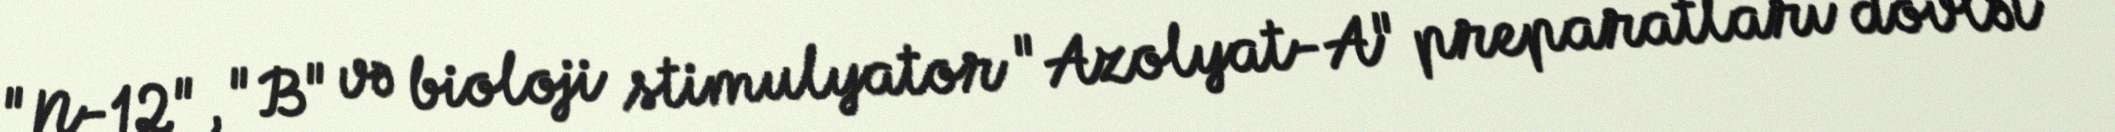
"N-12", "B" və bioloji stimulyator "Azolyat-A" preparatları dövlət